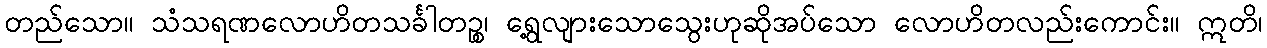
တည်သော။ သံသရဏလောဟိတသင်္ခါတဉ္စ၊ ရွေ့လျားသောသွေးဟုဆိုအပ်သော လောဟိတလည်းကောင်း။ ဣတိ၊